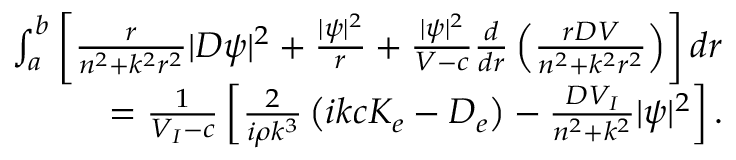
\begin{array} { r } { \int _ { a } ^ { b } \left[ \frac { r } { n ^ { 2 } + k ^ { 2 } r ^ { 2 } } | D \psi | ^ { 2 } + \frac { | \psi | ^ { 2 } } { r } + \frac { | \psi | ^ { 2 } } { V - c } \frac { d } { d r } \left( \frac { r D V } { n ^ { 2 } + k ^ { 2 } r ^ { 2 } } \right) \right] d r } \\ { = \frac { 1 } { V _ { I } - c } \left[ \frac { 2 } { i \rho k ^ { 3 } } \left( i k c K _ { e } - D _ { e } \right) - \frac { D V _ { I } } { n ^ { 2 } + k ^ { 2 } } | \psi | ^ { 2 } \right] . } \end{array}